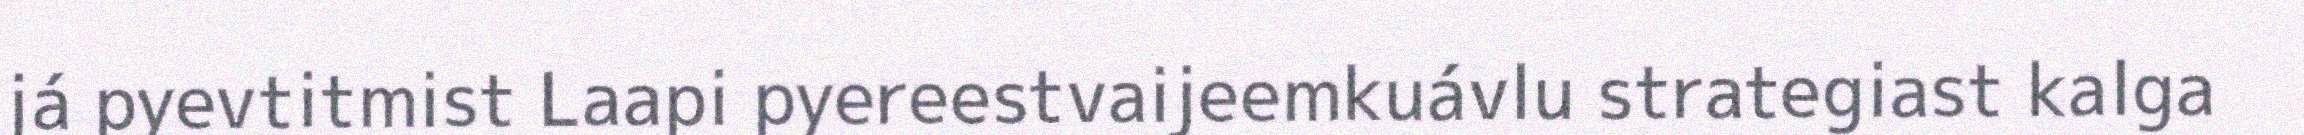
já pyevtitmist Laapi pyereestvaijeemkuávlu strategiast kalga